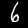
Digit: 6